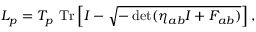
{ \cal L } _ { p } = T _ { p } ~ \mathrm { T r } \left[ I - \sqrt { - \operatorname * { d e t } ( \eta _ { a b } I + F _ { a b } ) } \right] ,